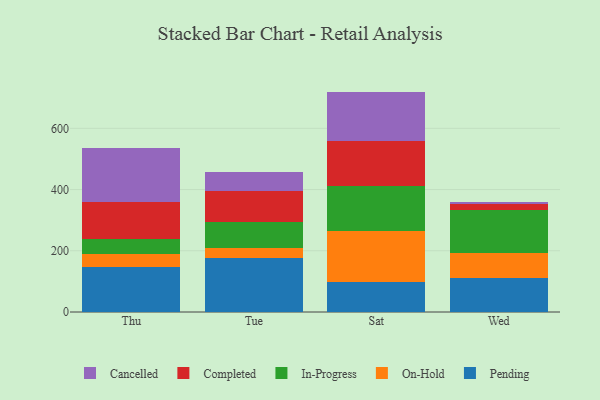
{"axis": {"x": "Day", "y": "Humidity (%)"}, "legend": ["Cancelled", "Completed", "In-Progress", "On-Hold", "Pending"], "data": [{"x": "Thu", "y": 148.4, "type": "Pending"}, {"x": "Thu", "y": 41.1, "type": "On-Hold"}, {"x": "Thu", "y": 48.6, "type": "In-Progress"}, {"x": "Thu", "y": 122.5, "type": "Completed"}, {"x": "Thu", "y": 174.2, "type": "Cancelled"}, {"x": "Tue", "y": 176.9, "type": "Pending"}, {"x": "Tue", "y": 30.8, "type": "On-Hold"}, {"x": "Tue", "y": 87.7, "type": "In-Progress"}, {"x": "Tue", "y": 100.1, "type": "Completed"}, {"x": "Tue", "y": 61.7, "type": "Cancelled"}, {"x": "Sat", "y": 99.5, "type": "Pending"}, {"x": "Sat", "y": 166.1, "type": "On-Hold"}, {"x": "Sat", "y": 147.6, "type": "In-Progress"}, {"x": "Sat", "y": 146.8, "type": "Completed"}, {"x": "Sat", "y": 160.0, "type": "Cancelled"}, {"x": "Wed", "y": 111.1, "type": "Pending"}, {"x": "Wed", "y": 80.9, "type": "On-Hold"}, {"x": "Wed", "y": 141.8, "type": "In-Progress"}, {"x": "Wed", "y": 17.5, "type": "Completed"}, {"x": "Wed", "y": 7.6, "type": "Cancelled"}]}